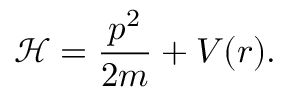
\mathcal { H } = \frac { p ^ { 2 } } { 2 m } + V ( r ) .